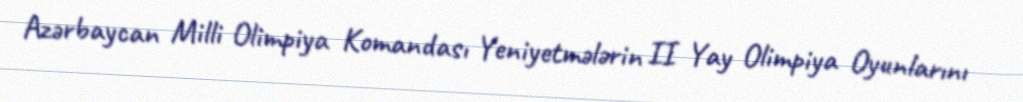
Azərbaycan Milli Olimpiya Komandası Yeniyetmələrin II Yay Olimpiya Oyunlarını